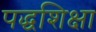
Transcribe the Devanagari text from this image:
पद्धशिक्षा